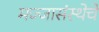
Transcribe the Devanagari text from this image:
मज्जासंस्थेचे